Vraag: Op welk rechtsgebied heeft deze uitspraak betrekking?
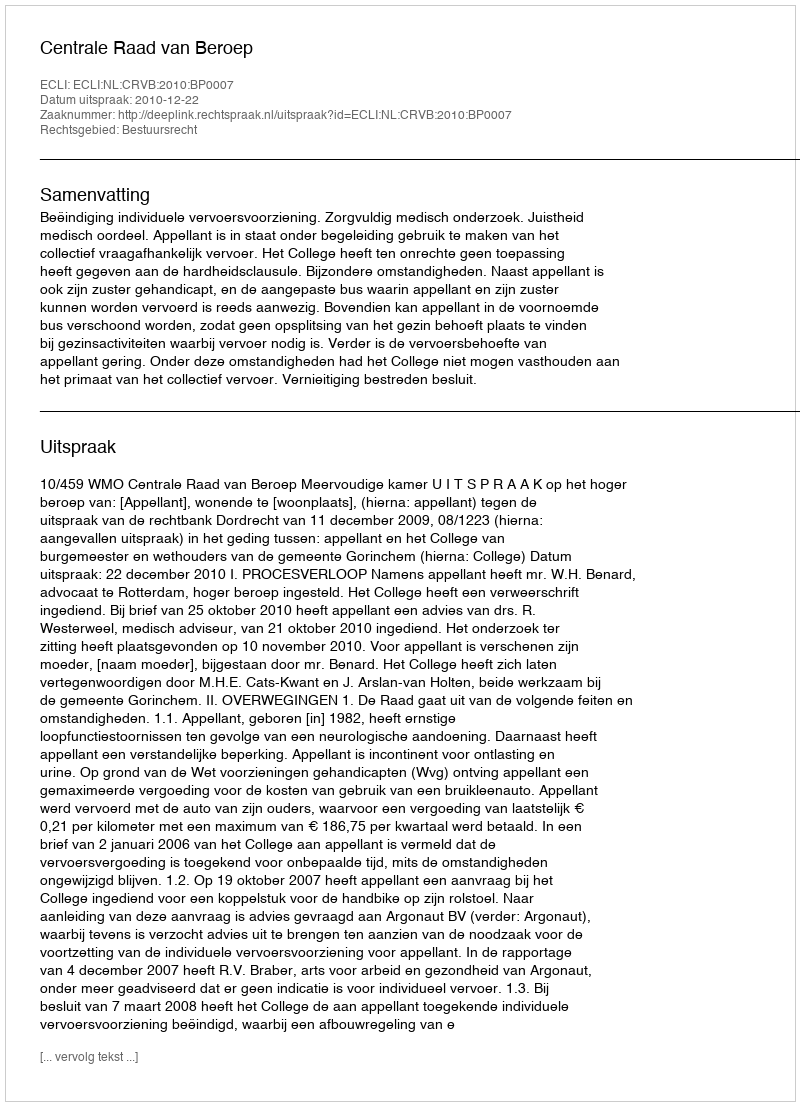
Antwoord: Bestuursrecht